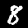
Label: 8